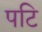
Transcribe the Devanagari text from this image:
पटि